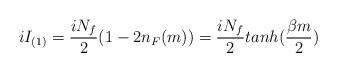
LaTeX: \begin{align*}iI_{(1)}=\frac{iN_{f}}{2}(1-2n_F(m))=\frac{iN_{f}}{2} tanh(\frac{\beta m}{2})\end{align*}